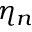
\eta _ { n }